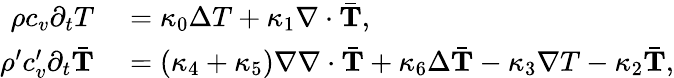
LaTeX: \begin{array}{rl}{\rho c_{v}\partial_{t}T}&{{}=\kappa_{0}\Delta T+\kappa_{1}\nabla\cdot\bar{\mathbf T},}\\ {\rho^{\prime}c_{v}^{\prime}\partial_{t}\bar{\mathbf T}}&{{}=(\kappa_{4}+\kappa_{5})\nabla\nabla\cdot\bar{\mathbf T}+\kappa_{6}\Delta\bar{\mathbf T}-\kappa_{3}\nabla T-\kappa_{2}\bar{\mathbf T},}\end{array}